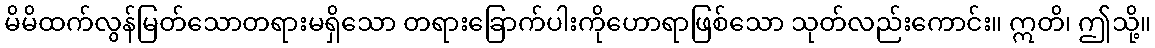
မိမိထက်လွန်မြတ်သောတရားမရှိသော တရားခြောက်ပါးကိုဟောရာဖြစ်သော သုတ်လည်းကောင်း။ ဣတိ၊ ဤသို့။